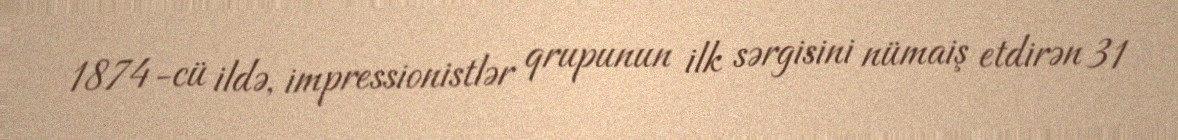
1874-cü ildə, impressionistlər qrupunun ilk sərgisini nümaiş etdirən 31